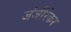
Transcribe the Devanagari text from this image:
जंजीरेकर